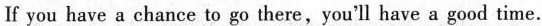
If you have a chance to go there,you'll have a good time.